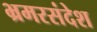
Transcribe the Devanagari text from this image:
भ्रमरसंदेश